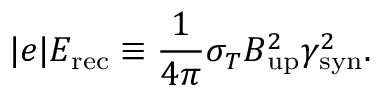
| e | E _ { \mathrm { r e c } } \equiv \frac { 1 } { 4 \pi } \sigma _ { T } B _ { \mathrm { u p } } ^ { 2 } \gamma _ { \mathrm { s y n } } ^ { 2 } .